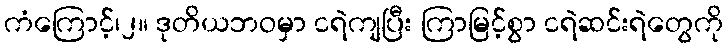
ကံကြောင့်၊၂။ ဒုတိယဘဝမှာ ငရဲကျပြီး ကြာမြင့်စွာ ငရဲဆင်းရဲတွေကို